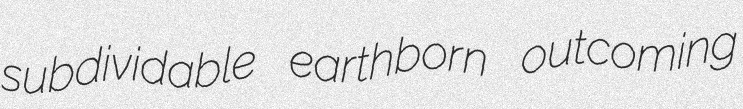
subdividable earthborn outcoming